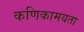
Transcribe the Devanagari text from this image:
कणिकामयता